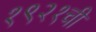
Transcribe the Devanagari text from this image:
१९२१ची